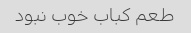
طعم کباب خوب نبود